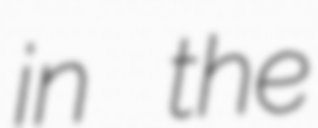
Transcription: in the